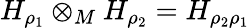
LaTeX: H_{\rho_{1}}\otimes_{M}H_{\rho_{2}}=H_{\rho_{2}\rho_{1}}